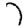
Digit: 7